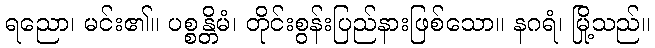
ရညော၊ မင်း၏။ ပစ္စန္တိမံ၊ တိုင်းစွန်းပြည်နားဖြစ်သော။ နဂရံ၊ မြို့သည်။